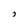
Character: J